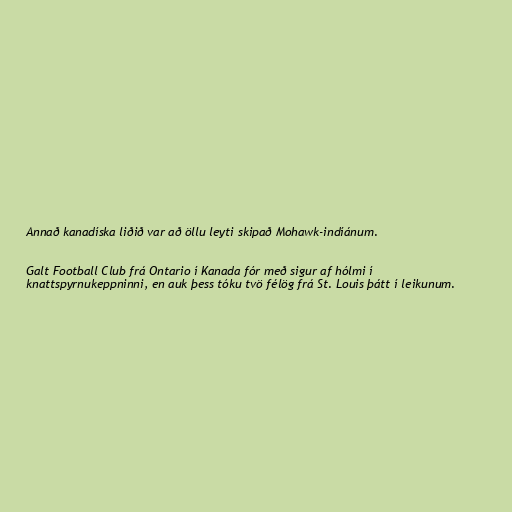
Annað kanadíska liðið var að öllu leyti skipað Mohawk-indíánum.

Galt Football Club frá Ontario í Kanada fór með sigur af hólmi í
knattspyrnukeppninni, en auk þess tóku tvö félög frá St. Louis þátt í leikunum.